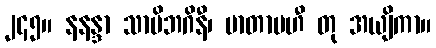
၂၄၅။ နနန္ဒာ သာမိဘဂိနီ၊ မာတာမဟီ တု အယျိကာ။